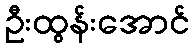
ဦးထွန်းအောင်